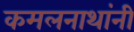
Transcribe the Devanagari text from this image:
कमलनाथांनी